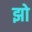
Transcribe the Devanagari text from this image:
झो